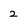
Character: 2